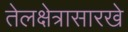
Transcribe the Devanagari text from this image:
तेलक्षेत्रासारखे